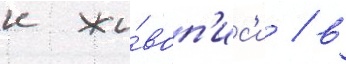
к жи́воп'ис'и / в